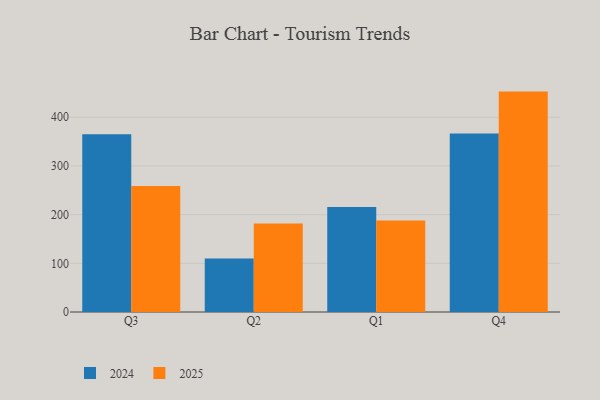
{"axis": {"x": "Quarter", "y": "Gross Profit (USD K)"}, "legend": ["2024", "2025"], "data": [{"x": "Q3", "y": 258.6, "type": "2025"}, {"x": "Q3", "y": 365.0, "type": "2024"}, {"x": "Q2", "y": 181.7, "type": "2025"}, {"x": "Q2", "y": 110.0, "type": "2024"}, {"x": "Q1", "y": 187.8, "type": "2025"}, {"x": "Q1", "y": 215.8, "type": "2024"}, {"x": "Q4", "y": 452.6, "type": "2025"}, {"x": "Q4", "y": 366.4, "type": "2024"}]}